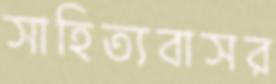
সাহিত্যবাসর